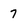
Character: 7